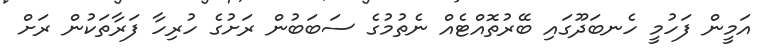
އަމީން ފަހުމީ ހެނބަދޫގައި ބޭރުތޮއްޓެއް ނެތުމުގެ ސަބަބުން ރަށުގެ ހުރިހާ ފަރާތަކުން ރަށް